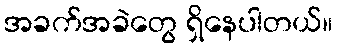
အခက်အခဲတွေ ရှိနေပါတယ်။